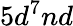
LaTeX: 5d^{7}nd